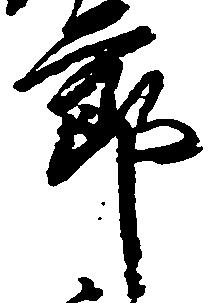
節